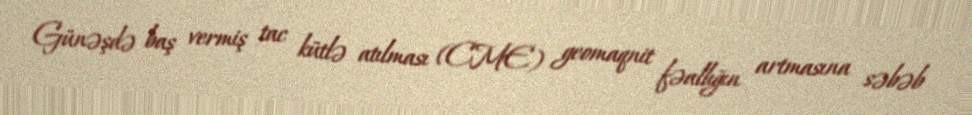
Günəşdə baş vermiş tac kütlə atılması (CME) geomaqnit fəallığın artmasına səbəb